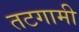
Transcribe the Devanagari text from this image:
तटगामी